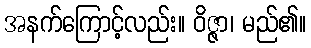
အနက်ကြောင့်လည်း။ ဝိဇ္ဇာ၊ မည်၏။